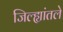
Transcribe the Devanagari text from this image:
जिल्ह्यांतले